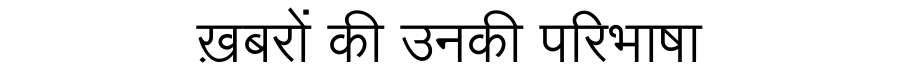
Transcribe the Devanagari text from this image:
ख़बरों की उनकी परिभाषा